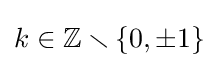
k\in \mathbb {Z} \smallsetminus \lbrace 0,\pm 1\rbrace